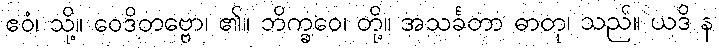
ဧဝံ၊ သို့။ ဝေဒိတဗ္ဗော၊ ၏။ ဘိက္ခဝေ၊ တို့။ အသင်္ခတာ ဓာတု၊ သည်။ ယဒိ န